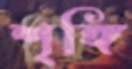
শৃঙ্গি